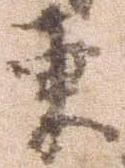
東